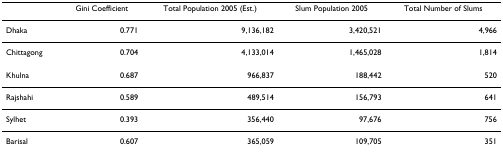
<table><thead><tr><td></td><td><b>Gini Coefficient</b></td><td><b>Total Population 2005 (Est.)</b></td><td><b>Slum Population 2005</b></td><td><b>Total Number of Slums</b></td></tr></thead><tbody><tr><td>Dhaka</td><td>0.771</td><td>9,136,182</td><td>3,420,521</td><td>4,966</td></tr><tr><td>Chittagong</td><td>0.704</td><td>4,133,014</td><td>1,465,028</td><td>1,814</td></tr><tr><td>Khulna</td><td>0.687</td><td>966,837</td><td>188,442</td><td>520</td></tr><tr><td>Rajshahi</td><td>0.589</td><td>489,514</td><td>156,793</td><td>641</td></tr><tr><td>Sylhet</td><td>0.393</td><td>356,440</td><td>97,676</td><td>756</td></tr><tr><td>Barisal</td><td>0.607</td><td>365,059</td><td>109,705</td><td>351</td></tr></tbody></table>